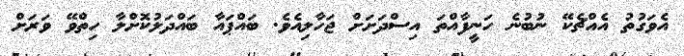
އެވަގުތު އެއްޗެކޭ ނުބުނެ ހަނީފާއްތަ އިސްދަށަށް ޖަހާލިއެވެ. ބައްޕައާ ބައްދަލުކޮށްލާ ހިތްވޭ ވަރަށް